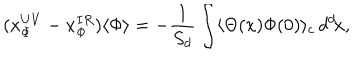
( x _ { \Phi } ^ { U V } - x _ { \Phi } ^ { I R } ) \langle \Phi \rangle = - { \frac { 1 } { S _ { d } } } \int \langle \Theta ( x ) \Phi ( 0 ) \rangle _ { c } \, d ^ { d } \! x ,